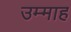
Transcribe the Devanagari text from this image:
उम्माह